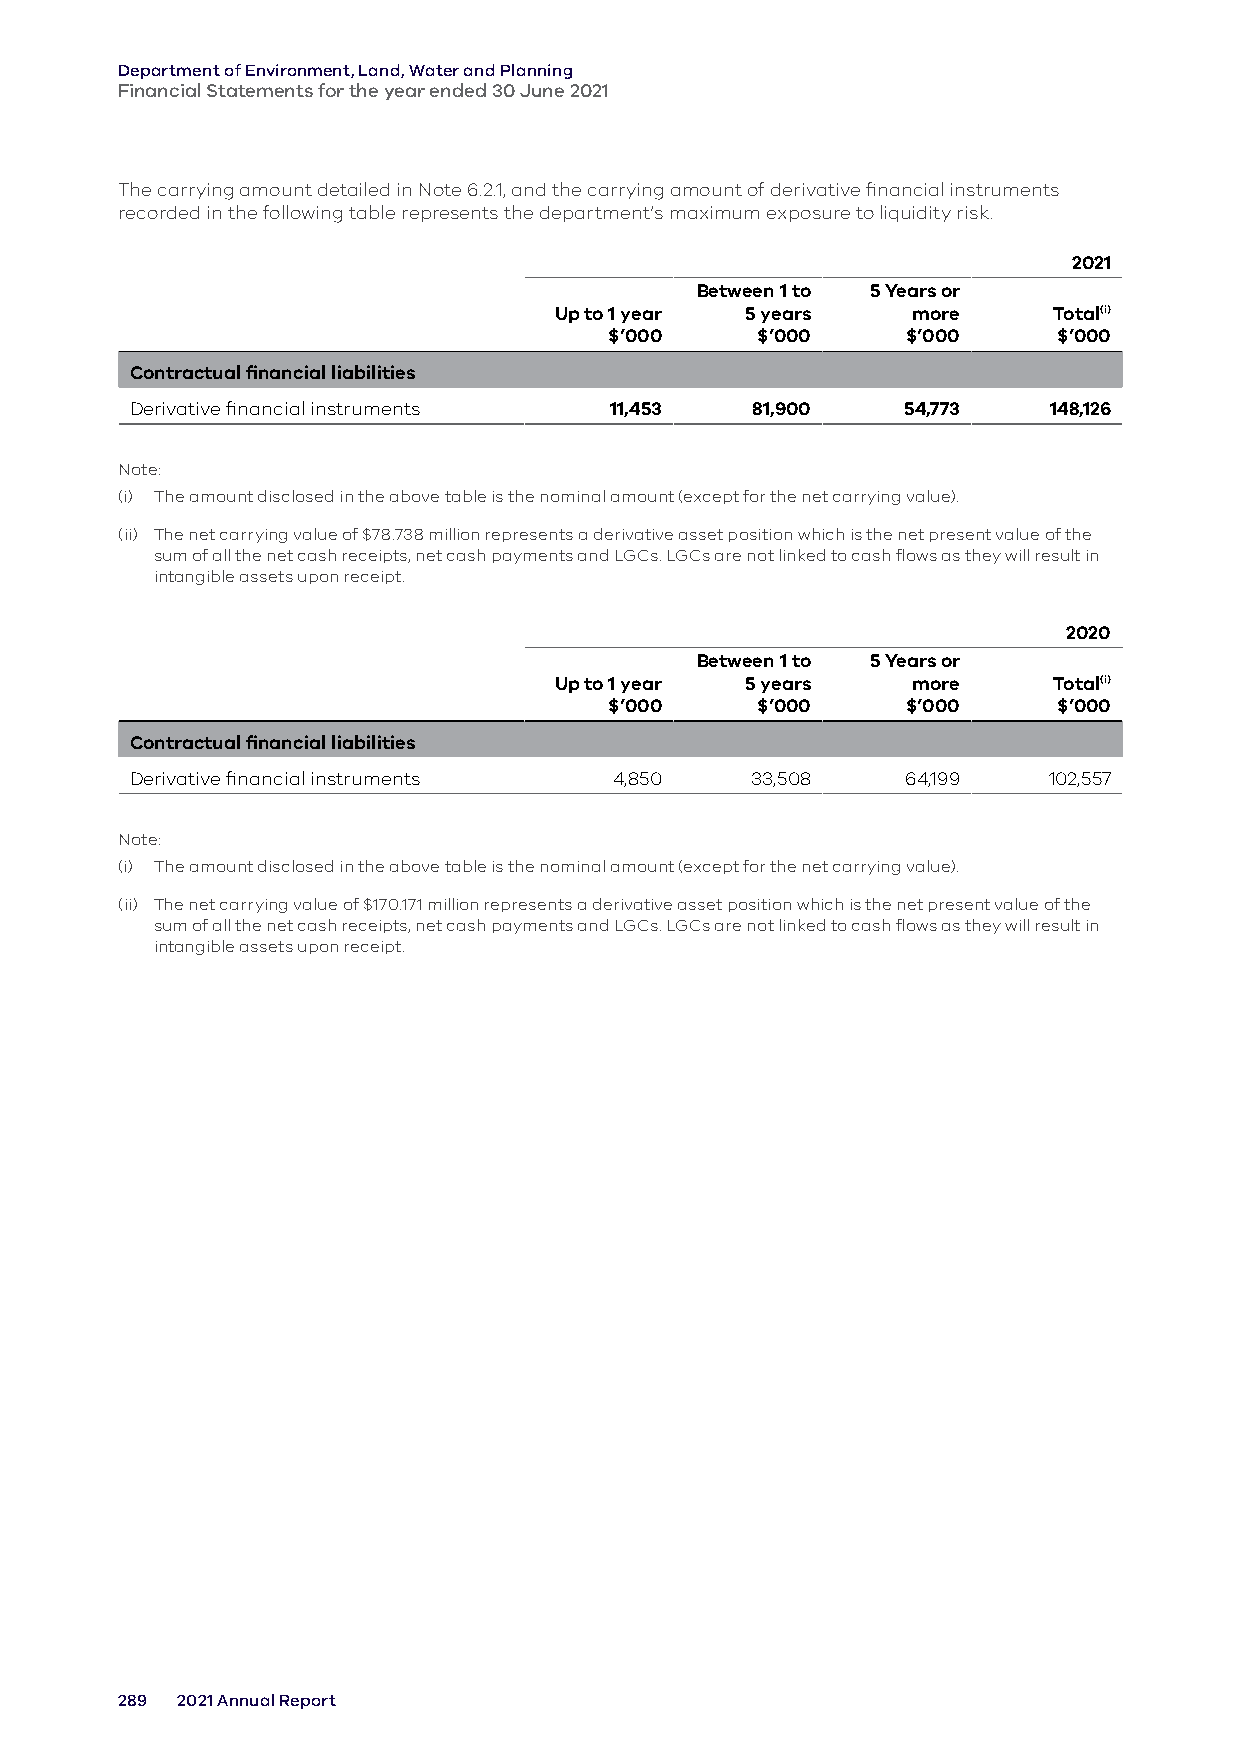
Department of Environment, Land, Water and Planning
 Financial Statements for the year ended 30 June 2021
 The carrying amount detailed in Note 6.2.1, and the carrying amount of derivative financial instruments
 recorded in the following table represents the department’s maximum exposure to liquidity risk.
 2021
 Between 1 to 5 Years or
 Up to 1 year 5 years   more      Total(i)
 $’000     $’000     $’000     $’000
 Contractual financial liabilities
 Derivative financial instruments 11,453  81,900    54,773    148,126
 Note:
 (i) The amount disclosed in the above table is the nominal amount (except for the net carrying value).
 (ii) The net carrying value of $78.738 million represents a derivative asset position which is the net present value of the
 sum of all the net cash receipts, net cash payments and LGCs. LGCs are not linked to cash flows as they will result in
 intangible assets upon receipt.
 2020
 Between 1 to 5 Years or
 Up to 1 year 5 years   more      Total(i)
 $’000     $’000     $’000     $’000
 Contractual financial liabilities
 Derivative financial instruments 4,850   33,508    64,199   102,557
 Note:
 (i) The amount disclosed in the above table is the nominal amount (except for the net carrying value).
 (ii) The net carrying value of $170.171 million represents a derivative asset position which is the net present value of the
 sum of all the net cash receipts, net cash payments and LGCs. LGCs are not linked to cash flows as they will result in
 intangible assets upon receipt.
 289 2021 Annual Report